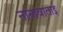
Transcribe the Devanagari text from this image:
नानावाताई